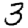
Digit: 3